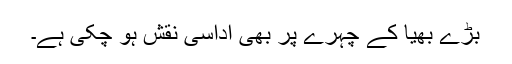
بڑے بھیا کے چہرے پر بھی اداسی نقش ہو چکی ہے۔